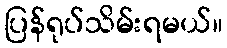
ပြန်ရုပ်သိမ်းရမယ်။